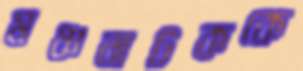
মঞ্চনাটককে